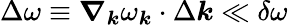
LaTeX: \Delta\omega\equiv\boldsymbol{\nabla}_{\boldsymbol{\mathit{k}}}\omega_{\boldsymbol{\mathit{k}}}\cdot\Delta\boldsymbol{\mathit{k}}\ll\delta\omega